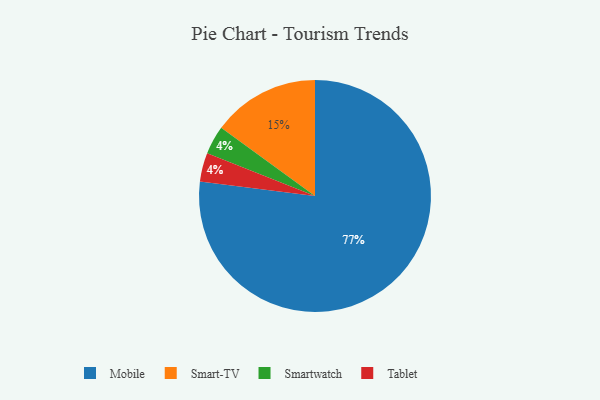
{"axis": {"x": "Category", "y": "Percentage"}, "legend": ["Mobile", "Smart-TV", "Smartwatch", "Tablet"], "data": [{"x": "Smart-TV", "y": 15, "type": "Smart-TV"}, {"x": "Mobile", "y": 77, "type": "Mobile"}, {"x": "Smartwatch", "y": 4, "type": "Smartwatch"}, {"x": "Tablet", "y": 4, "type": "Tablet"}]}